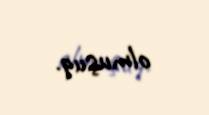
olmuşuq.